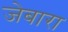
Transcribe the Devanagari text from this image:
जेबारा